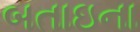
બતાઇના